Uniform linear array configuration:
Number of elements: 12
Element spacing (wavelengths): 0.5
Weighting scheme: exponential
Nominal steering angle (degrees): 0
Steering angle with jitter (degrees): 0.3842
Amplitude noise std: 0.05
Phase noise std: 0.05

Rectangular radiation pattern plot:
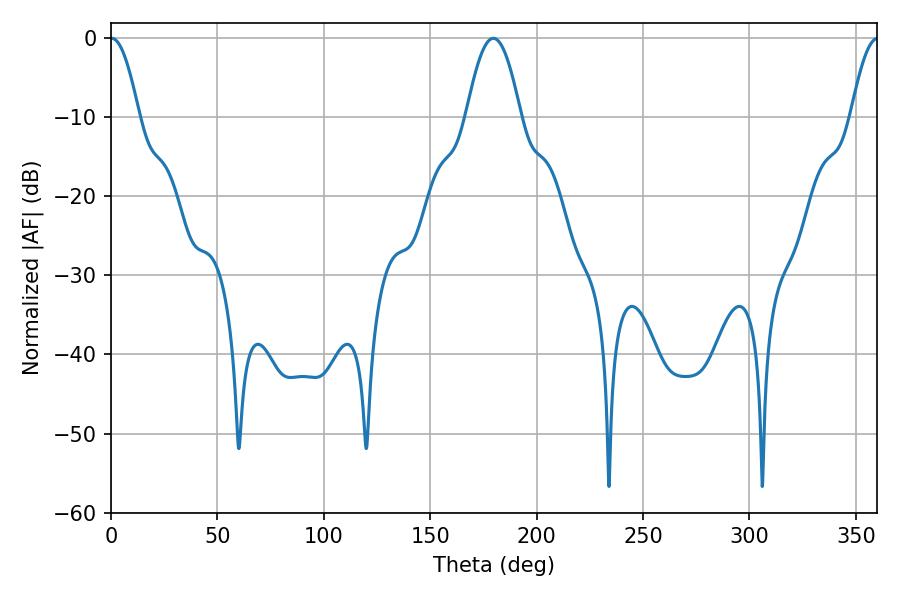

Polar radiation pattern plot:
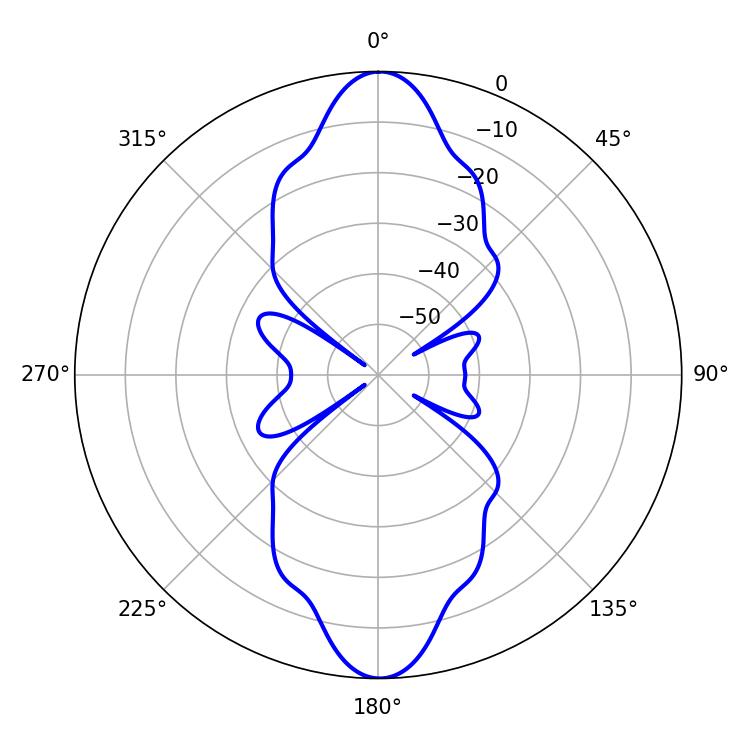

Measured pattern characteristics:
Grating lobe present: FALSE
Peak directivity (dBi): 28.281
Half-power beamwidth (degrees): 7.2
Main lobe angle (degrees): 0.36